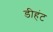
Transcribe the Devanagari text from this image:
डीहंट